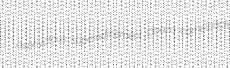
asphyctous superrefinement Obaza camelback